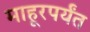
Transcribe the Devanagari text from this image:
माहूरपर्यंत